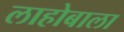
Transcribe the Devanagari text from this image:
लाहोबाला